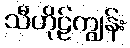
သီဟိုဠ်ကျွန်း